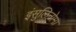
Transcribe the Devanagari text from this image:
इंसुलिनोमा